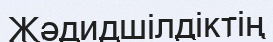
Жәдидшілдіктің